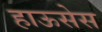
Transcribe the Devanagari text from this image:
हाऊसेस